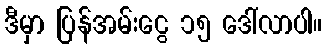
ဒီမှာ ပြန်အမ်းငွေ ၁၅ ဒေါ်လာပါ။